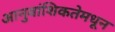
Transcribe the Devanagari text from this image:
आनुवांशिकतेमधून